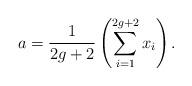
LaTeX: \begin{align*}a =\frac{1}{2g+2}\left(\sum_{i=1}^{2g+2} x_i\right).\end{align*}